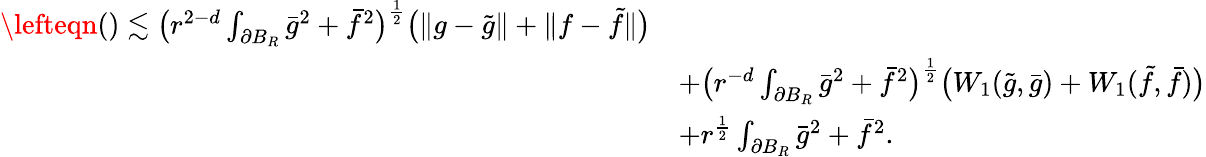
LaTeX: \begin{array}{rl}{\lefteqn{\mathrm{()}\lesssim\big(r^{2-d}\int_{\partial B_{R}}\bar{g}^{2}+\bar{f}^{2}\big)^{\frac{1}{2}}\big(\| g-\tilde{g}\| +\| f-\tilde{f}\| \big)}}\\ &{+\big(r^{-d}\int_{\partial B_{R}}\bar{g}^{2}+\bar{f}^{2}\big)^{\frac{1}{2}}\big(W_{1}(\tilde{g},\bar{g})+W_{1}(\tilde{f},\bar{f})\big)}\\ &{+r^{\frac{1}{2}}\int_{\partial B_{R}}\bar{g}^{2}+\bar{f}^{2}.}\end{array}